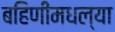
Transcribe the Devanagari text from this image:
बहिणींमधल्या